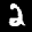
Label: 2